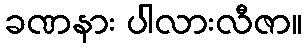
ခဏနား ပါလားလီဇာ။